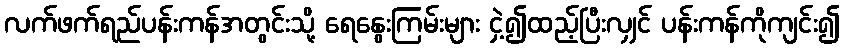
လက်ဖက်ရည်ပန်းကန်အတွင်းသို့ ရေနွေးကြမ်းများ ငှဲ့၍ထည့်ပြီးလျှင် ပန်းကန်ကိုကျင်း၍